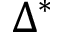
\Delta ^ { * }